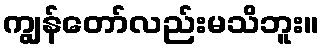
ကျွန်တော်လည်းမသိဘူး။